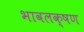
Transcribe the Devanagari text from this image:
भावलक्षण